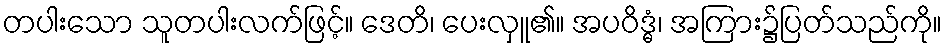
တပါးသော သူတပါးလက်ဖြင့်။ ဒေတိ၊ ပေးလှူ၏။ အပဝိဒ္ဓံ၊ အကြား၌ပြတ်သည်ကို။